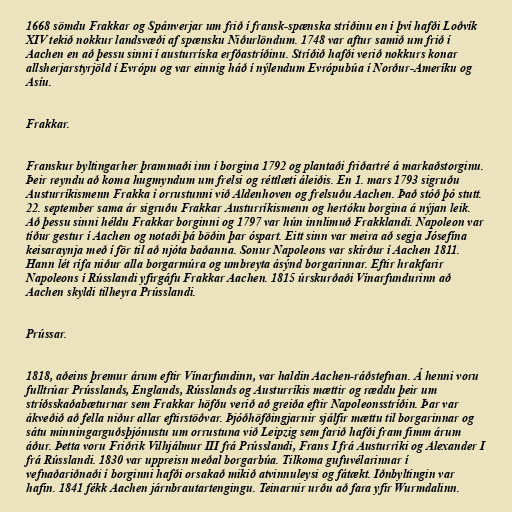
1668 sömdu Frakkar og Spánverjar um frið í fransk-spænska stríðinu en í því hafði Loðvík
XIV tekið nokkur landsvæði af spænsku Niðurlöndum. 1748 var aftur samið um frið í
Aachen en að þessu sinni í austurríska erfðastríðinu. Stríðið hafði verið nokkurs konar
allsherjarstyrjöld í Evrópu og var einnig háð í nýlendum Evrópubúa í Norður-Ameríku og
Asíu.

Frakkar.

Franskur byltingarher þrammaði inn í borgina 1792 og plantaði friðartré á markaðstorginu.
Þeir reyndu að koma hugmyndum um frelsi og réttlæti áleiðis. En 1. mars 1793 sigruðu
Austurríkismenn Frakka í orrustunni við Aldenhoven og frelsuðu Aachen. Það stóð þó stutt.
22. september sama ár sigruðu Frakkar Austurríkismenn og hertóku borgina á nýjan leik.
Að þessu sinni héldu Frakkar borginni og 1797 var hún innlimuð Frakklandi. Napoleon var
tíður gestur í Aachen og notaði þá böðin þar óspart. Eitt sinn var meira að segja Jósefína
keisaraynja með í för til að njóta baðanna. Sonur Napoleons var skírður í Aachen 1811.
Hann lét rífa niður alla borgarmúra og umbreyta ásýnd borgarinnar. Eftir hrakfarir
Napoleons í Rússlandi yfirgáfu Frakkar Aachen. 1815 úrskurðaði Vínarfundurinn að
Aachen skyldi tilheyra Prússlandi.

Prússar.

1818, aðeins þremur árum eftir Vínarfundinn, var haldin Aachen-ráðstefnan. Á henni voru
fulltrúar Prússlands, Englands, Rússlands og Austurríkis mættir og ræddu þeir um
stríðsskaðabæturnar sem Frakkar höfðu verið að greiða eftir Napoleonsstríðin. Þar var
ákveðið að fella niður allar eftirstöðvar. Þjóðhöfðingjarnir sjálfir mættu til borgarinnar og
sátu minningarguðsþjónustu um orrustuna við Leipzig sem farið hafði fram fimm árum
áður. Þetta voru Friðrik Vilhjálmur III frá Prússlandi, Frans I frá Austurríki og Alexander I
frá Rússlandi. 1830 var uppreisn meðal borgarbúa. Tilkoma gufuvélarinnar í
vefnaðariðnaði í borginni hafði orsakað mikið atvinnuleysi og fátækt. Iðnbyltingin var
hafin. 1841 fékk Aachen járnbrautartengingu. Teinarnir urðu að fara yfir Wurmdalinn.